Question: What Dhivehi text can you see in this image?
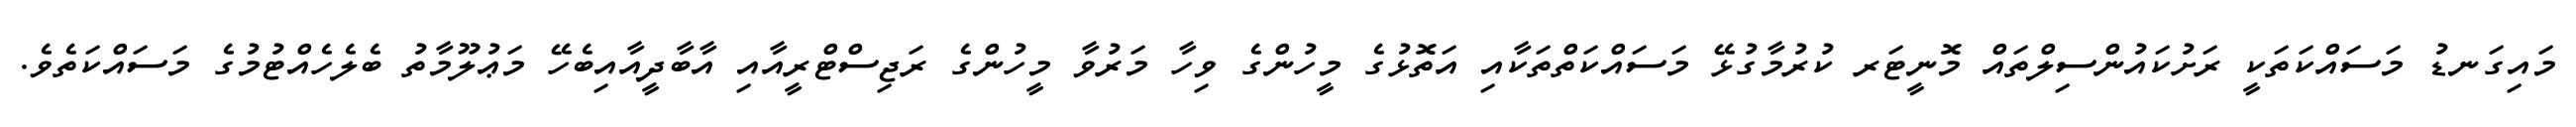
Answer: މައިގަނޑު މަސައްކަތަކީ ރަށުކައުންސިލްތައް މޮނީޓަރ ކުރުމާގުޅޭ މަސައްކަތްތަކާއި އަތޮޅުގެ މީހުންގެ ވިހާ މަރުވާ މީހުންގެ ރަޖިސްޓްރީއާއި އާބާދީއާއިބެހޭ މަޢުލޫމާތު ބެލެހެއްޓުމުގެ މަސައްކަތެވެ.